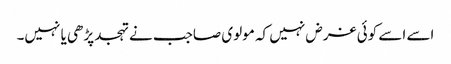
اسے اسے کوئی غرض نہیں کہ مولوی صاجب نے تہجد پڑھی یا نہیں۔